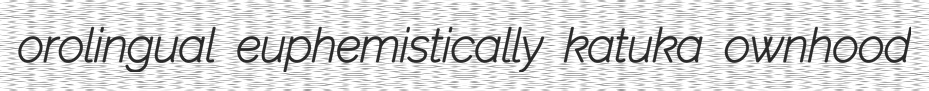
orolingual euphemistically katuka ownhood